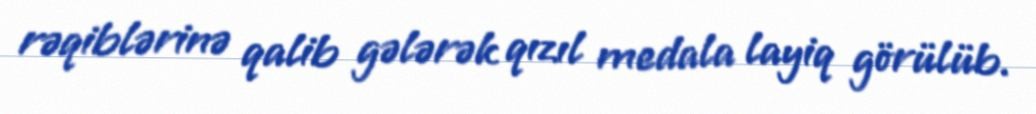
rəqiblərinə qalib gələrək qızıl medala layiq görülüb.